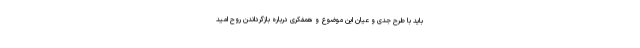
باید با طرح جدی و عیانِ این موضوع و همفکری درباره بازگرداندن روح امید